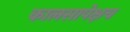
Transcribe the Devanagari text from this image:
कालसापेक्षच